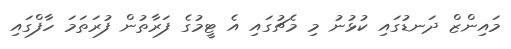
މައިންޒް ދަނޑުގައި ކުޅުނު މި މެޗުގައި އެ ޓީމުގެ ފަރާތުން ފުރަތަމަ ހާފްގައި